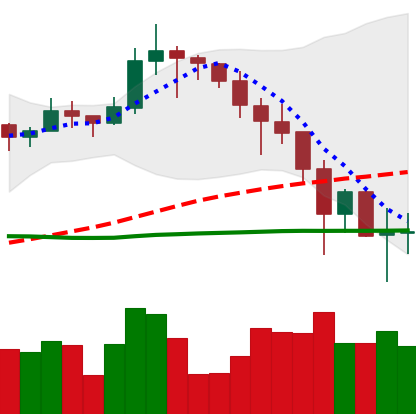
Ticker: LINK-USD
Chart end date: 2019-11-26
Forward return: -4.801%
Label: down_3_5